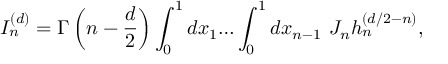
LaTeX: I _ { n } ^ { ( d ) } = \Gamma \left( n - \frac { d } { 2 } \right) \int _ { 0 } ^ { 1 } d x _ { 1 } { \ldots } \int _ { 0 } ^ { 1 } d x _ { n - 1 } ~ J _ { n } h _ { n } ^ { ( d / 2 - n ) } ,